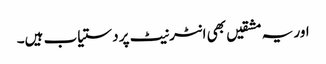
اور یہ مشقیں بھی انٹرنیٹ پر دستیاب ہیں۔